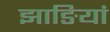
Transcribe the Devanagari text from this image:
झाङियां